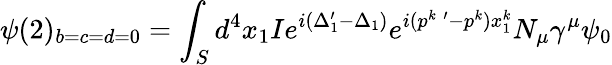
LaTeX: \psi(2)_{b=c=d=0}=\int_{S}d^{4}x_{1}Ie^{i(\Delta_{1}^{\prime}-\Delta_{1})}e^{i(p^{k\; \prime}-p^{k})x_{1}^{k}}N_{\mu}\gamma^{\mu}\psi_{0}